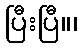
ပြီးပြီ။၊